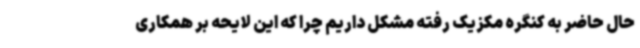
حال حاضر به کنگره مکزیک رفته مشکل داریم چرا که این لایحه بر همکاری